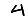
Digit: 4